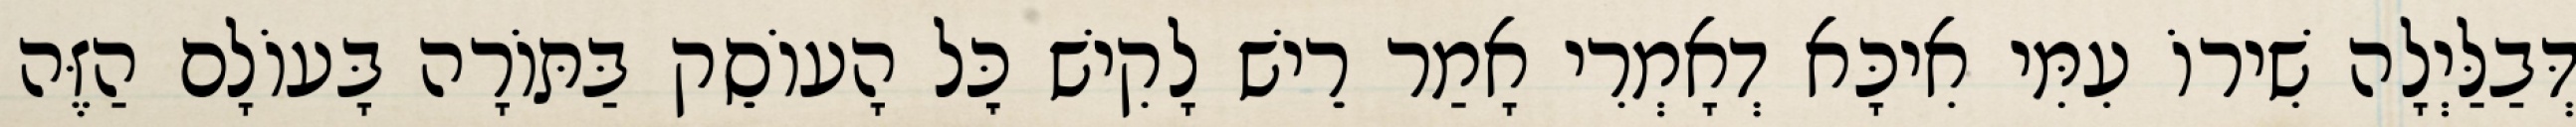
דְּבַלַּיְלָה שִׁירוֹ עִמִּי אִיכָּא דְאָמְרִי אָמַר רֵישׁ לָקִישׁ כׇּל הָעוֹסֵק בַּתּוֹרָה בָּעוֹלָם הַזֶּה